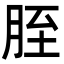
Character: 胵